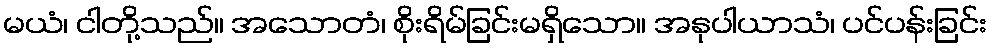
မယံ၊ ငါတို့သည်။ အသောတံ၊ စိုးရိမ်ခြင်းမရှိသော။ အနုပါယာသံ၊ ပင်ပန်းခြင်း